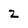
Character: 2